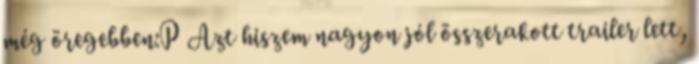
még öregebben:P Azt hiszem nagyon jól összerakott trailer lett,